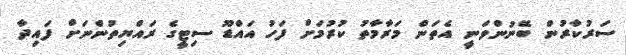
ސަރުކާރުން ބޭނުންވަނީ އެތަން މަރާމާތު ކުރުމަށް ފަހު އައްޑޫ ސިޓީގެ ރައްޔިތުންނަށް ފައިދާ